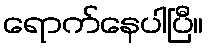
ရောက်နေပါပြီ။